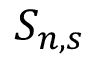
S _ { n , s }